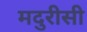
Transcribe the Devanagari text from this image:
मदुरीसी